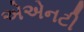
એએનટી